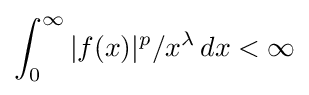
\int _{0}^{\infty }\vert f(x)\vert ^{p}/x^{\lambda }\,dx<\infty